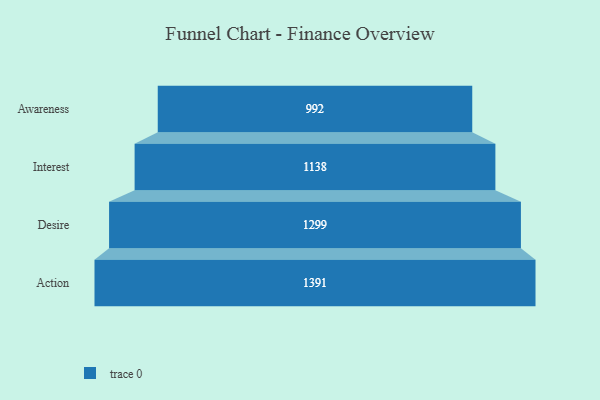
{"axis": {"x": "Stage", "y": "Value"}, "legend": [""], "data": [{"x": "Awareness", "y": 992.0, "type": ""}, {"x": "Interest", "y": 1138.0, "type": ""}, {"x": "Desire", "y": 1299.0, "type": ""}, {"x": "Action", "y": 1391.0, "type": ""}]}